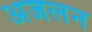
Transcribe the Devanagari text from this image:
अजलन